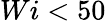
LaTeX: Wi<50